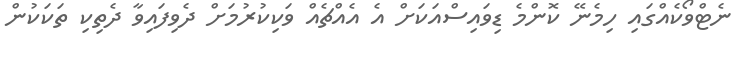
ނެޓްވޯކެއްގައި ހިމެނޭ ކޮންމެ ޑިވައިސްއަކަށް އެ އެއްޗެއް ވަކިކުރުމަށް ދެވިފައިވާ ދެތިކި ތަކަކުން